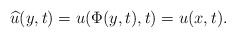
\begin{align*} \widehat u(y,t)=u(\Phi(y,t),t)=u(x,t).\end{align*}